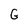
Character: G